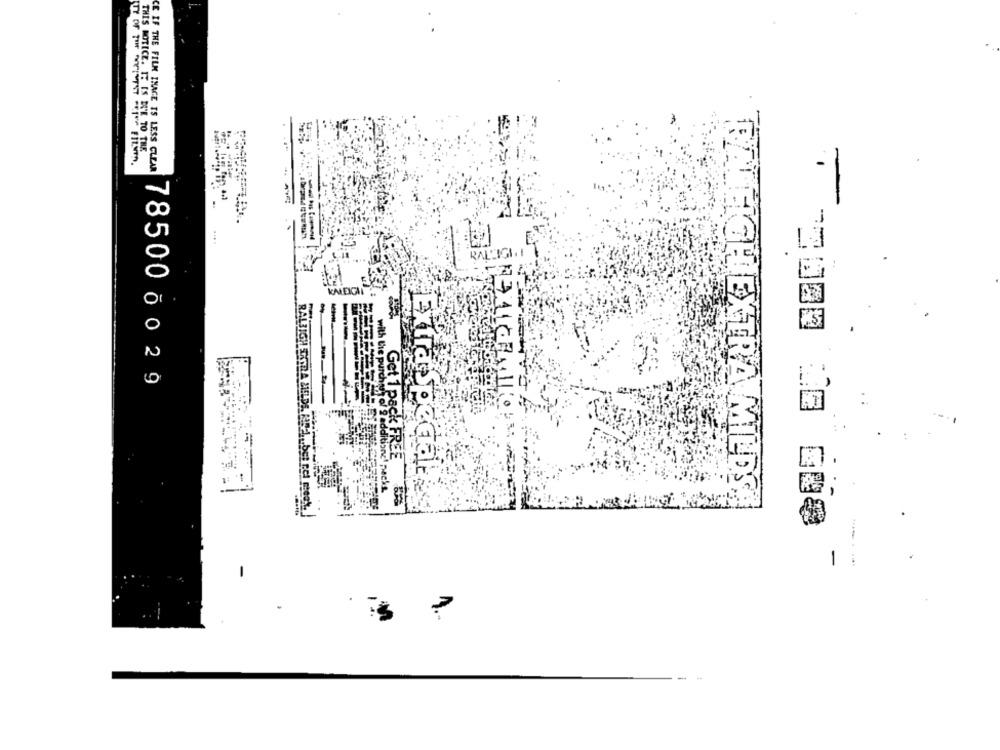
CE IF THE FILM INAGE IS LESS CLEAR
RALLIGI. IT
RALE
785000029
with the purch
Get 1 pack FREE
pocke
Extra special
RALEIGHLIEXTRA MILDSE
7 -0000 00 000
-